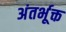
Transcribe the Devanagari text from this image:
अंतर्भूक्त